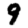
Digit: 9